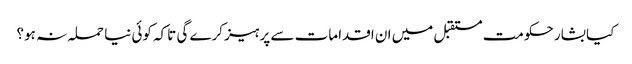
کیا بشار حکومت مستقبل میں ان اقدامات سے پرہیز کرے گی تاکہ کوئی نیا حملہ نہ ہو؟